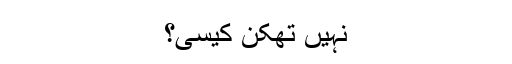
نہیں تھکن کیسی؟